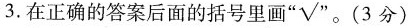
3. 在正确的答案后面的括号里画”√”。(3分)